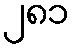
၂၈၁